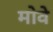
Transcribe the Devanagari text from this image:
मोवे